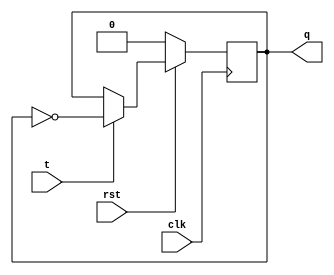
module t_ff(clk, t, rst, q);

input clk;
input t;
input rst;

output reg q;

always @(posedge clk)
	begin
		if(!rst)
			q <= 0;
		else 
			if(t)
				q <= ~q;
			else
				q <= q;
		end
		endmodule